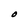
Character: O